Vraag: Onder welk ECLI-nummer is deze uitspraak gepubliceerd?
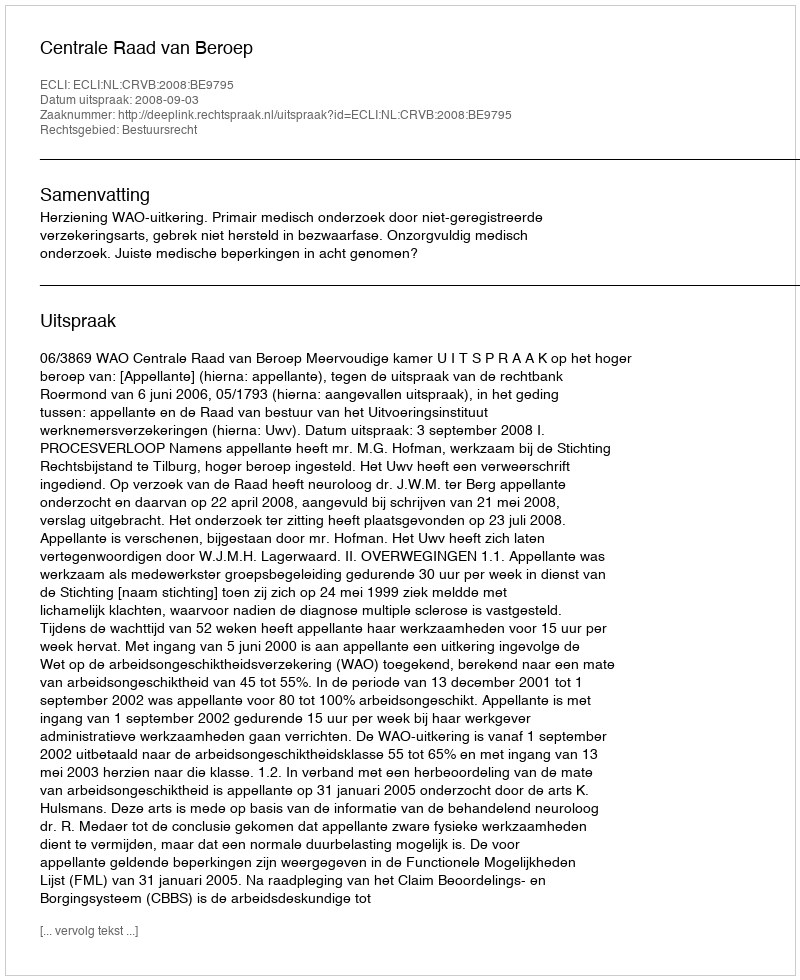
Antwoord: ECLI:NL:CRVB:2008:BE9795